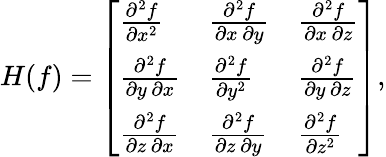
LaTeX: H(f)={\left[\begin{array}{lll}{{\frac{\partial^{2}f}{\partial x^{2}}}}&{{\frac{\partial^{2}f}{\partial x\, \partial y}}}&{{\frac{\partial^{2}f}{\partial x\, \partial z}}}\\ {{\frac{\partial^{2}f}{\partial y\, \partial x}}}&{{\frac{\partial^{2}f}{\partial y^{2}}}}&{{\frac{\partial^{2}f}{\partial y\, \partial z}}}\\ {{\frac{\partial^{2}f}{\partial z\, \partial x}}}&{{\frac{\partial^{2}f}{\partial z\, \partial y}}}&{{\frac{\partial^{2}f}{\partial z^{2}}}}\end{array}\right]},